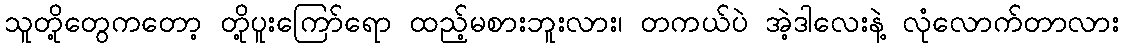
သူတို့တွေကတော့ တို့ပူးကြော်ရော ထည့်မစားဘူးလား၊ တကယ်ပဲ အဲ့ဒါလေးနဲ့ လုံလောက်တာလား